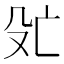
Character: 𬆞